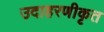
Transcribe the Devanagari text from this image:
उदाहरणीकृत